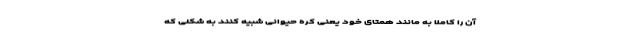
آن را کاملا به مانند همتای خود یعنی کره حیوانی شبیه کنند به شکلی که